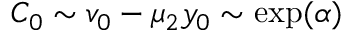
C _ { 0 } \sim v _ { 0 } - \mu _ { 2 } y _ { 0 } \sim \exp ( \alpha )